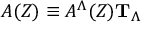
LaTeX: A ( Z ) \equiv A ^ { \Lambda } ( Z ) { \bf T } _ { \Lambda } \,